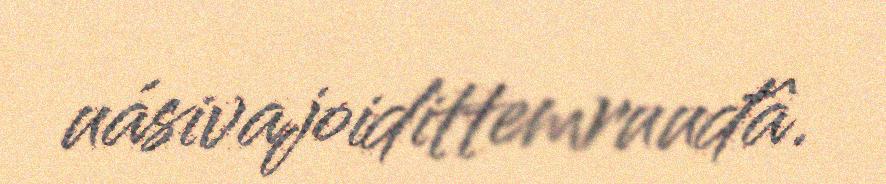
uásivajoidittemruuđâ.